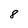
Character: 8